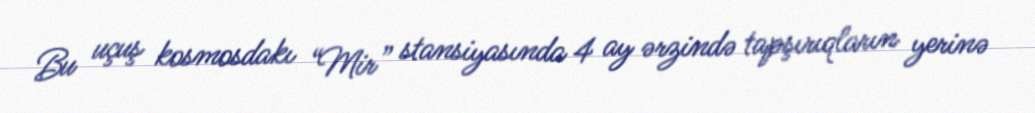
Bu uçuş kosmosdakı “Mir” stansiyasında 4 ay ərzində tapşırıqların yerinə